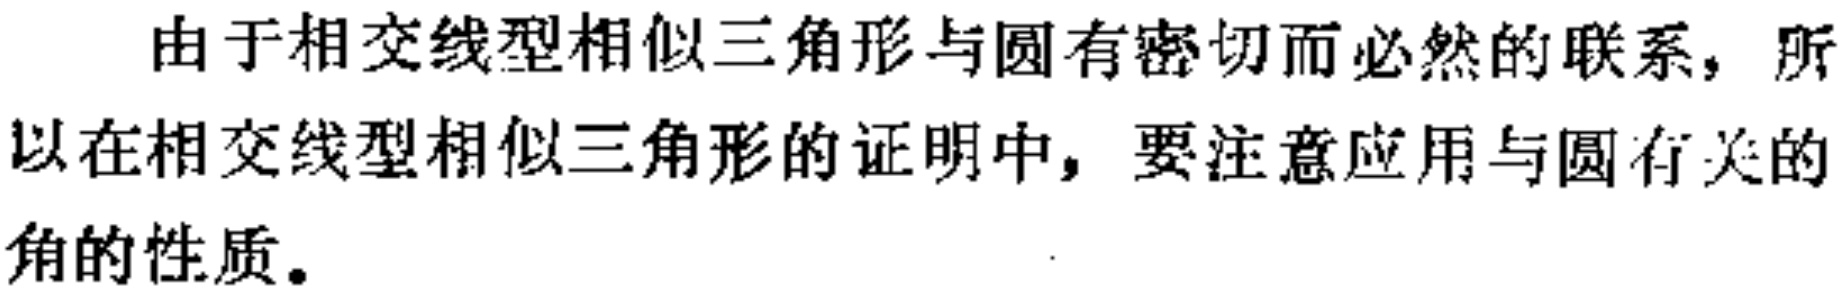
由于相交线型相似三角形与圆有密切而必然的联系，所以在相交线型相似三角形的证明中，要注意应用与圆有关的角的性质。